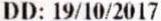
DD: 19/10/2017